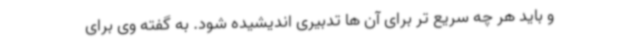
و باید هر چه سریع تر برای آن ها تدبیری اندیشیده شود. به گفته وی برای